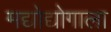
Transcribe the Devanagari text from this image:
मद्योद्योगाला